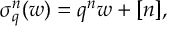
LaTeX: \sigma _ { q } ^ { n } ( w ) = q ^ { n } w + [ n ] ,